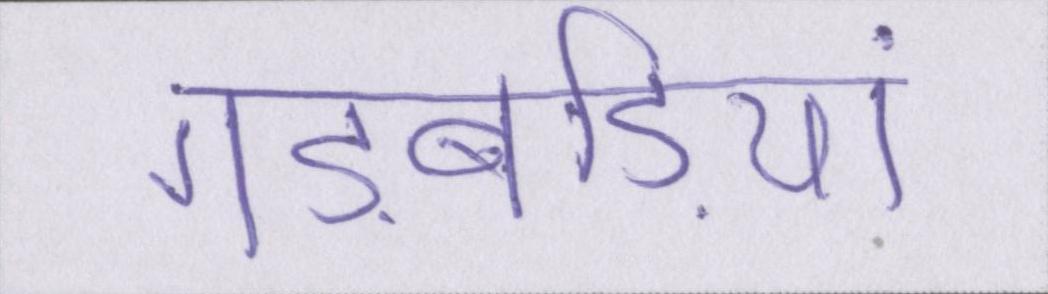
गड़बड़ियां